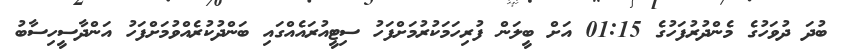
ބުދަ ދުވަހުގެ މެންދުރުފަހުގެ 01:15 އަށް ބީލަން ފުރިހަމަކުރުމަށްފަހު ސިޓީއުރައެއްގައި ބަންދުކުރެއްވުމަށްފަހު އަންދާސީހިސާބު